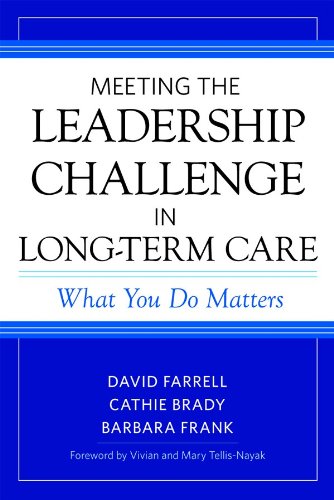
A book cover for Meeting the Leadership Challenge in Long-Term Care; David Farrell MSW  LNHA; Parenting & Relationships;